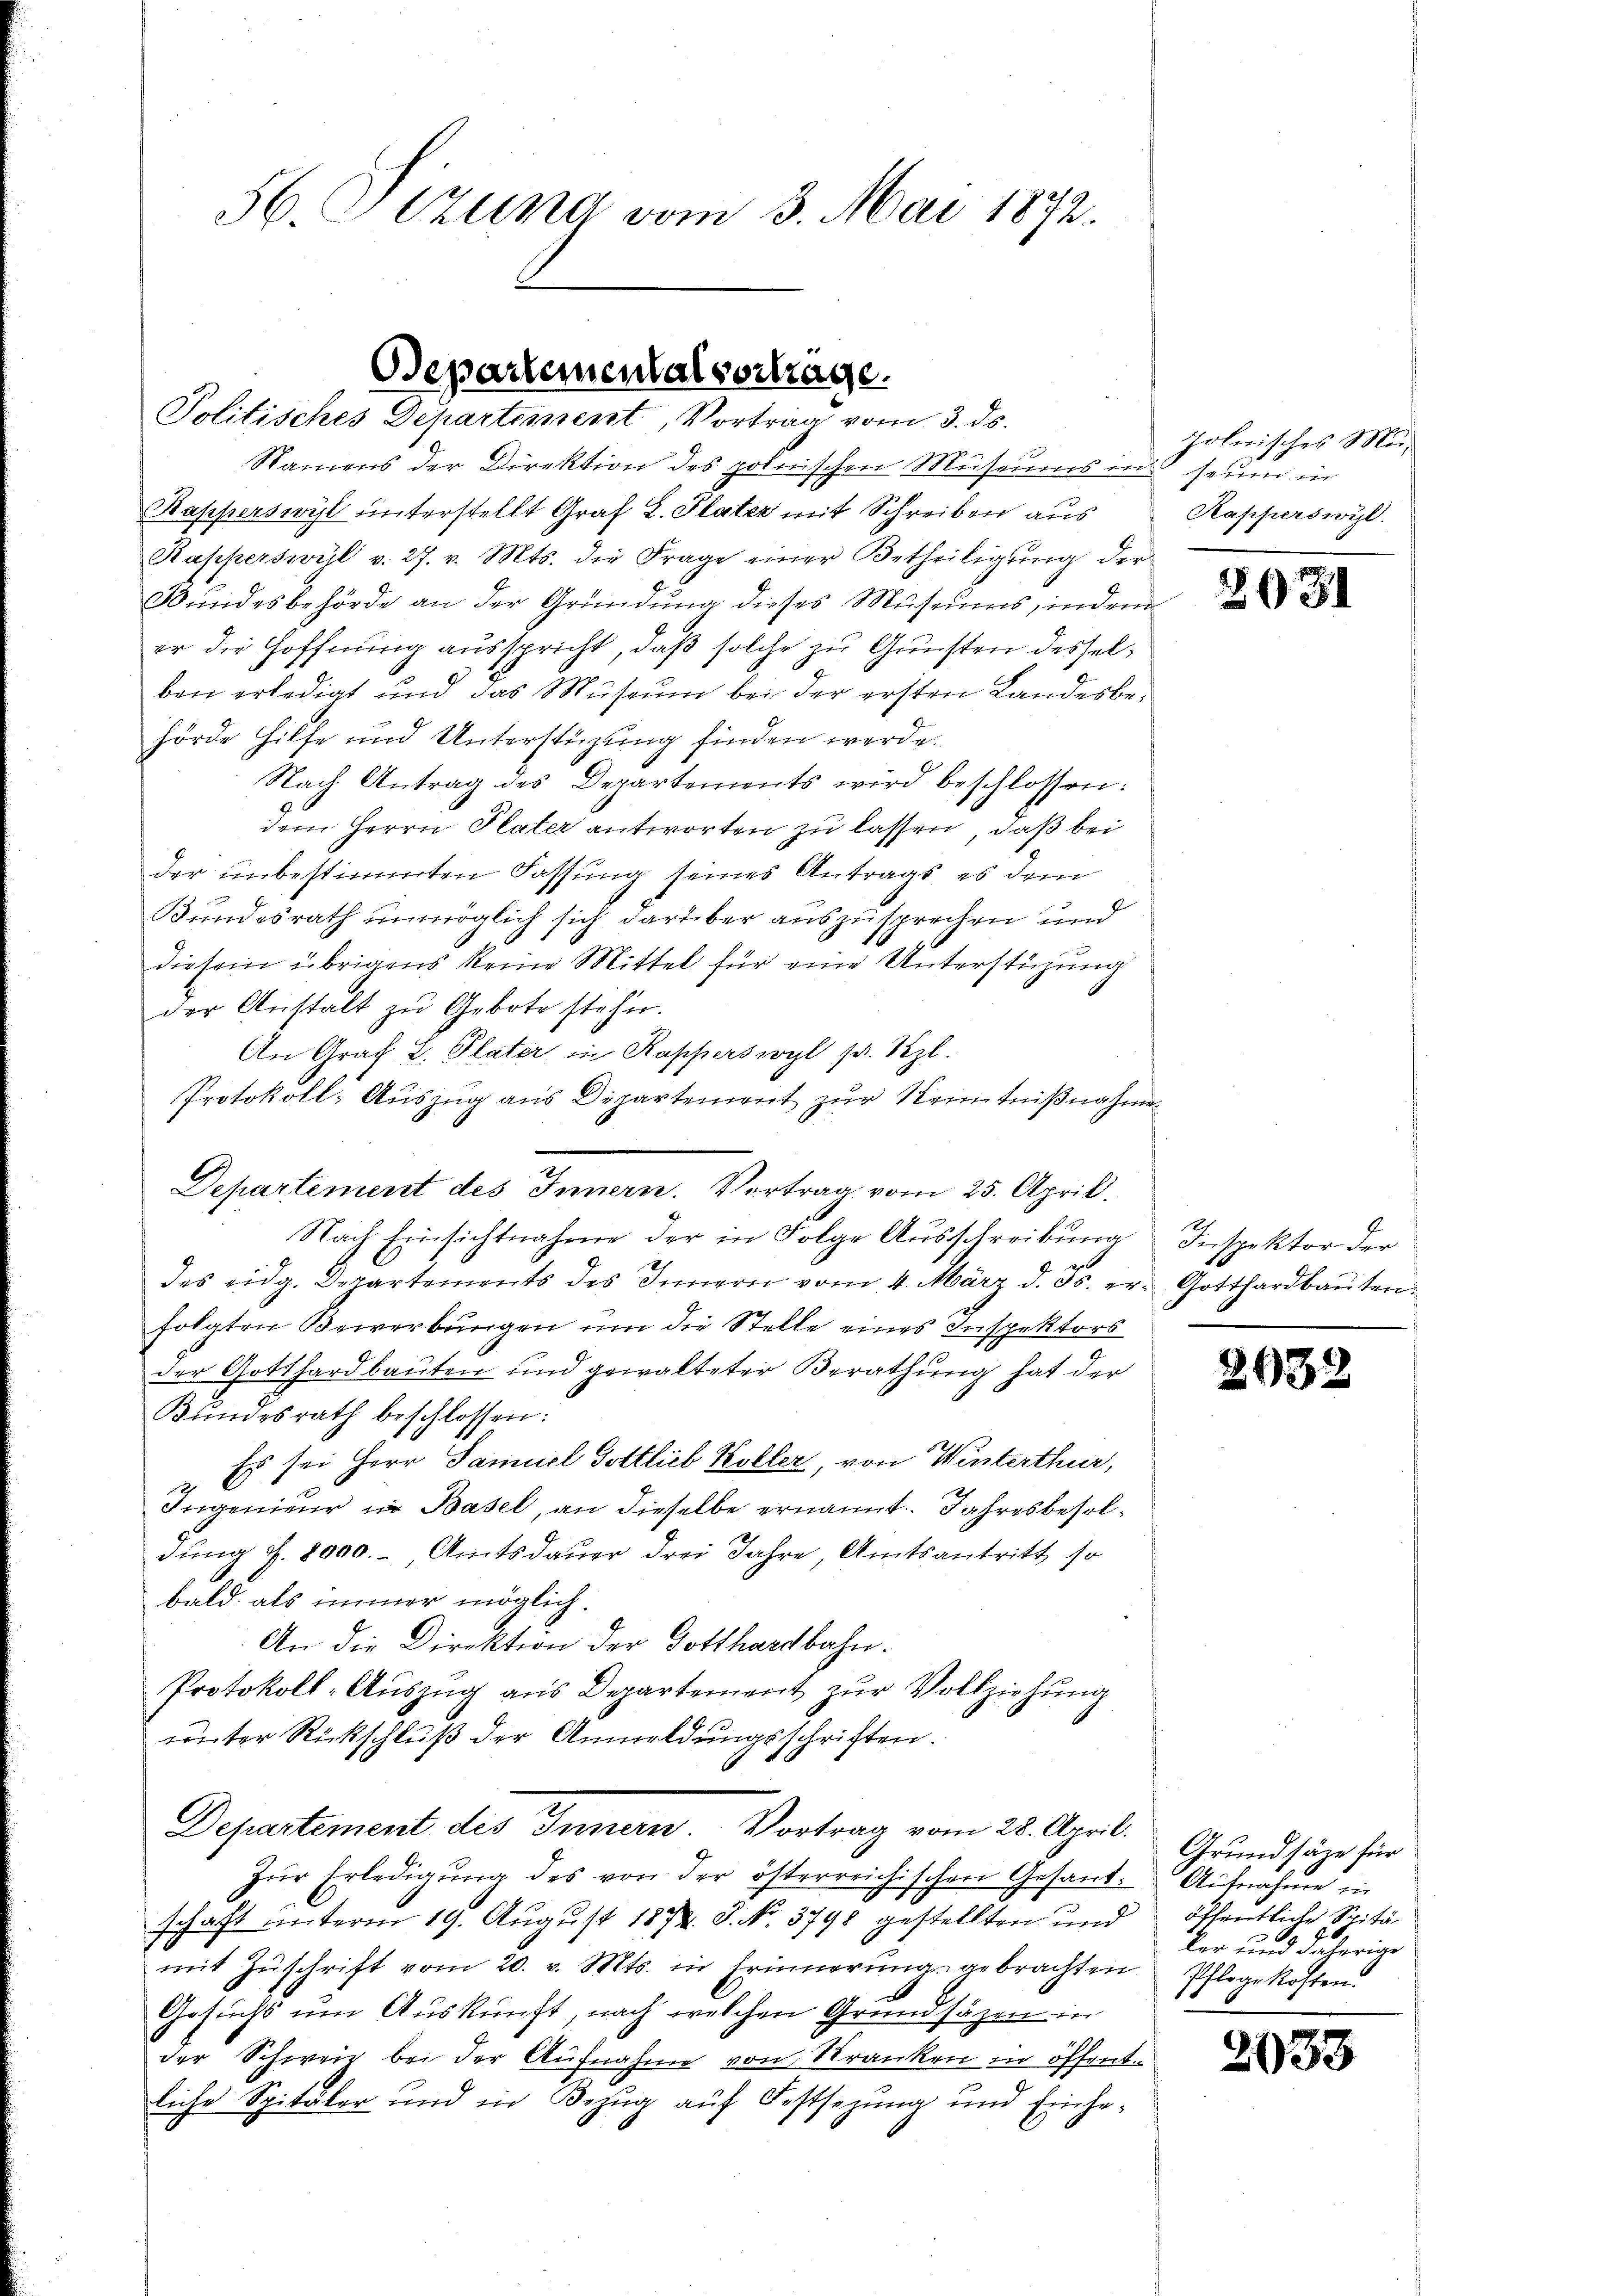
Departemental vortrage.
Politisches Departement, Vortrag vom 3. ds.

56. Sitzung vom 3. Mai 1872.

Departement des Innern. Vortrag vom 25. April.

Namens der Direktion des polnischen Museums ins seine in
Kapperswil unterstellt Graf L. Plater mit Schreiben aus
Kapperswyl v. 27. v. Mts. die Frage einer Betheiligŭng der
Bundesbehörde an der Gründung dieses Museums, indem
er die Hoffnung ausspricht, daß solche zu Gunsten desselben erledigt und das Museum bei der ersten Landesbehörde Hilfe und Unterstüzung finden werde.
Nach Antrag des Departements wird beschlossen:
dem Herrn Plater antworten zu lassen, daß bei
der unbestimmten Fassung seines Antrags es dem
Bundesrath unmöglich sich darüber auszusprechen und
diesem übrigens keine Mittel für eine Unterstüzung
der Anstalt zu Gebote stehen.
An Graf 2. Plater in Rapperswyl pr. Szl.
Protokoll-Auszug aus Departement zur Kenntnißnahmen
Nach Einsichtnahme der in Folge Ausschreibung
des eidg. Departements des Innern vom 4. März d. Js. er- Gotthardbaŭten
folgten Bewerbungen um die Stelle eines Inspektors
der Gotthardbauten und gewalteter Berathung hat der
Bundesrath beschlossen:
Es sei Herr Samuel Gottlieb Koller, von Winterthur,
Ingenieur in Basel, an dieselbe ernannt. Jahresbesoldung S. 8000.-, Amtsdauer drei Jahre, Amtsantritt, so
bald als immer möglich.
An die Direktion der Gotthardbahn.
Protokoll-Auszug aus Departement zur Vollziehung
unter Rückschluß der Anmeldungsschriften.
6
Departement des Innern, Vortrag vom 28. April.
zur Erledigung des von der österreichischen Gesandschaft unterm 19. August 1874. J. No. 3798 gestellten und
mit Zŭschrift vom 20. v. Mts. in Frünnerung gebrachten
Gesuchs um Auskunft, nach welchen Grundsäzen in
der Schweiz bei der Aufnahme von Kranken in öffentliche Spitäler und in Bezug auf Festsezung und Einhe¬

Johnnisches Mei¬
Kapperswyl.

2031

Inspektor der

2032

Grundsätze für
Aufnahme in
öffentliche Spitä¬
 40
ker und daherige
Pflege kosten.

2033